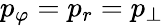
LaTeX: p_{\varphi}=p_{r}=p_{\perp}